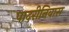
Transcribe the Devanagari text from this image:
पादरीनिवास